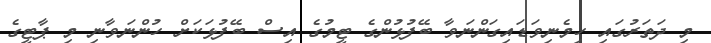
މި ދަތަރުގައި ހިމެނިވަޑައިގަންނަވާ ބޭފުޅުންގެ ޓީމުގެ އިސް ބޭފުޅަކަށް ހުންނަވާނި މި ޕާޓީގެ